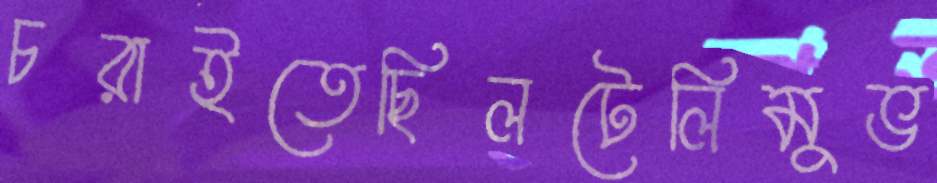
চরাইতেছিলটেলিমুভ